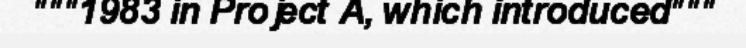
"""1983 in Project A, which introduced"""